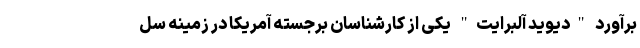
برآورد "دیوید آلبرایت" یکی از کارشناسان برجسته آمریکا در زمینه سل